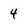
Character: 4